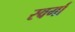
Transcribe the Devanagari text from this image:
स्वर्गा